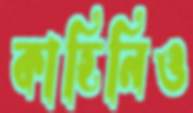
কাহিনিও